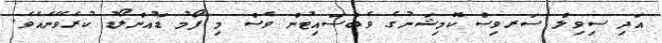
އަދި ސިވިލް ސަރވިސް ކޮމިޝަނުގެ ވެބްސައިޓުން ވެސް މި ފޯމު ޑައުންލޯޑު ކުރެވޭނެއެވެ.